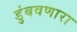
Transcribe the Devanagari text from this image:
डुंबवणारा